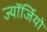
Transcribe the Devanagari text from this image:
ज्यॉर्जियो